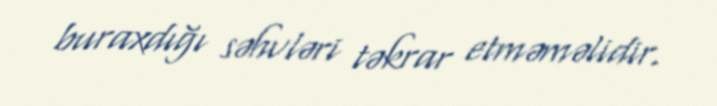
buraxdığı səhvləri təkrar etməməlidir.